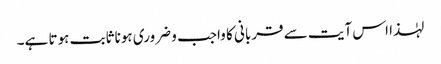
لہٰذا اس آیت سے قربانی کا واجب و ضروری ہونا ثابت ہوتا ہے۔